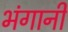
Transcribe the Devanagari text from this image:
भंगानी